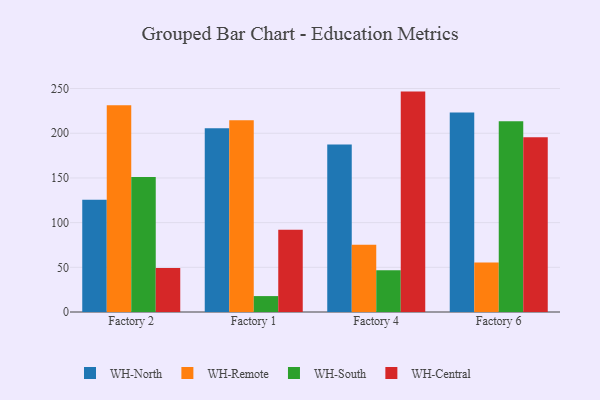
{"axis": {"x": "Factory", "y": "Humidity (%)"}, "legend": ["WH-Central", "WH-North", "WH-Remote", "WH-South"], "data": [{"x": "Factory 2", "y": 125.7, "type": "WH-North"}, {"x": "Factory 2", "y": 231.3, "type": "WH-Remote"}, {"x": "Factory 2", "y": 151.1, "type": "WH-South"}, {"x": "Factory 2", "y": 49.2, "type": "WH-Central"}, {"x": "Factory 1", "y": 205.5, "type": "WH-North"}, {"x": "Factory 1", "y": 214.5, "type": "WH-Remote"}, {"x": "Factory 1", "y": 17.8, "type": "WH-South"}, {"x": "Factory 1", "y": 92.1, "type": "WH-Central"}, {"x": "Factory 4", "y": 187.5, "type": "WH-North"}, {"x": "Factory 4", "y": 75.3, "type": "WH-Remote"}, {"x": "Factory 4", "y": 46.8, "type": "WH-South"}, {"x": "Factory 4", "y": 246.6, "type": "WH-Central"}, {"x": "Factory 6", "y": 223.1, "type": "WH-North"}, {"x": "Factory 6", "y": 55.4, "type": "WH-Remote"}, {"x": "Factory 6", "y": 213.5, "type": "WH-South"}, {"x": "Factory 6", "y": 195.6, "type": "WH-Central"}]}